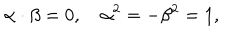
LaTeX: \alpha \cdot \beta = 0 , \quad \alpha ^ { 2 } = - \beta ^ { 2 } = 1 ,